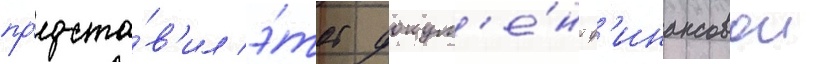
пр'едста́в'ил э́тот докум'е́нт ф'инансовои